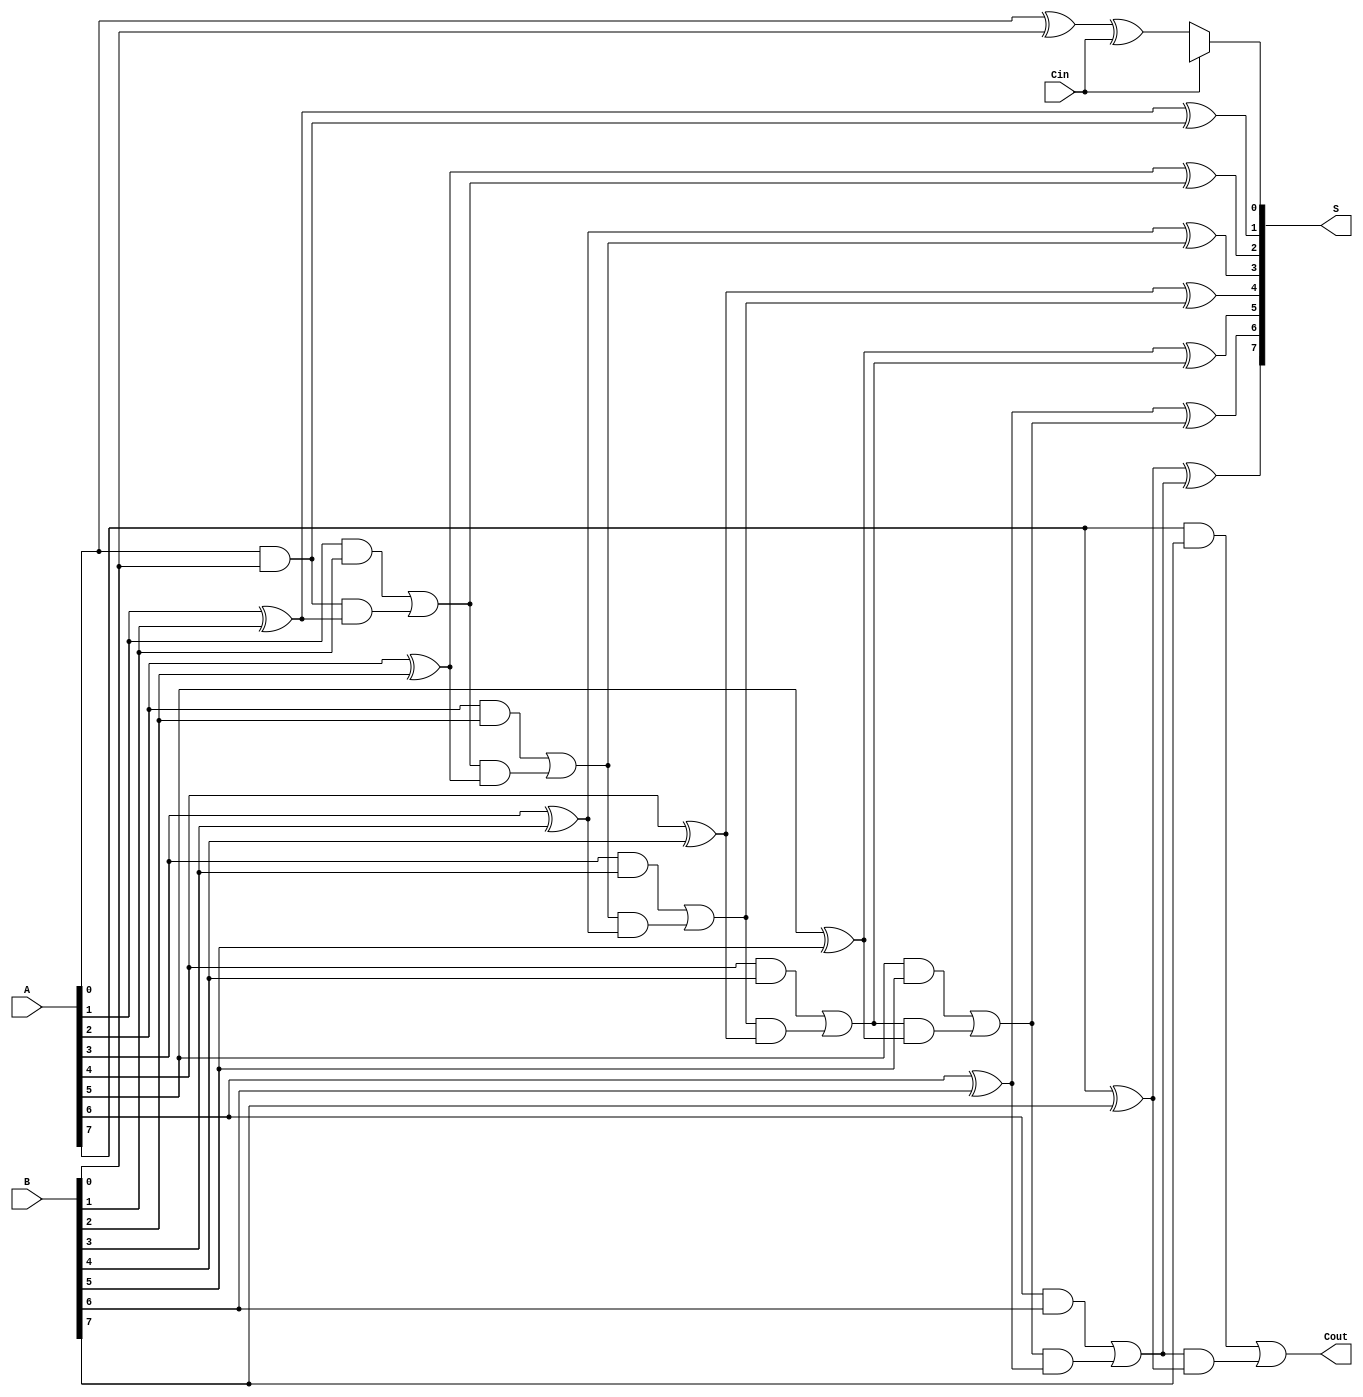
module ConditionalSumAdder #(parameter N = 8) (
    input  [N-1:0] A,    // First n-bit binary number
    input  [N-1:0] B,    // Second n-bit binary number
    input          Cin,   // Carry-in signal
    output [N-1:0] S,     // Sum output
    output         Cout    // Carry-out signal
);
    wire [N-1:0] C0, C1; // Carry signals assuming no carry-in and assuming carry-in
    wire [N-1:0] S0, S1; // Intermediate sum outputs for carry-in = 0 and carry-in = 1

    // Generate partial sums and carry signals
    genvar i;
    generate
        for (i = 0; i < N; i = i + 1) begin : CSA
            // Carry generation
            if (i == 0) begin
                assign S0[i] = A[i] ^ B[i] ^ Cin; // S with Cin
                assign C0[i] = (A[i] & B[i]); // C0 for i = 0
                assign C1[i] = (A[i] & B[i]); // C1 for i = 0
            end else begin
                assign S0[i] = A[i] ^ B[i] ^ C0[i-1]; // S with C0
                assign S1[i] = A[i] ^ B[i] ^ C1[i-1]; // S with C1
                assign C0[i] = (A[i] & B[i]) | (C0[i-1] & (A[i] ^ B[i])); // C0[i]
                assign C1[i] = (A[i] & B[i]) | (C1[i-1] & (A[i] ^ B[i])); // C1[i]
            end
        end
    endgenerate

    // Multiplexers to select the correct sum and carry-out
    assign S = Cin ? S1 : S0; // S is selected based on Cin
    assign Cout = Cin ? C1[N-1] : C0[N-1]; // Cout is selected based on Cin

endmodule